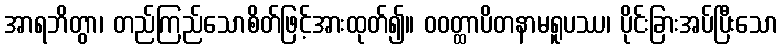
အာရဘိတွာ၊ တည်ကြည်သောစိတ်ဖြင့်အားထုတ်၍။ ဝဝတ္ထာပိတနာမရူပဿ၊ ပိုင်းခြားအပ်ပြီးသော